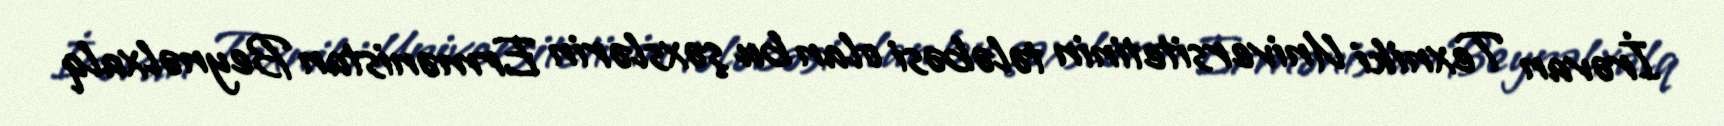
İrəvan Texniki Universitetinin tələbəsi olan bu şəxslərin Ermənistan Beynəlxalq